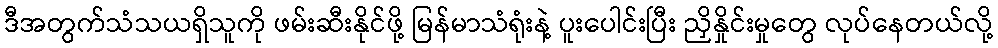
ဒီအတွက်သံသယရှိသူကို ဖမ်းဆီးနိုင်ဖို့ မြန်မာသံရုံးနဲ့ ပူးပေါင်းပြီး ညှိနှိုင်းမှုတွေ လုပ်နေတယ်လို့